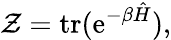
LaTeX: \mathcal{Z}=\operatorname{tr}(\mathrm{{e}}^{-\beta{\hat{{H}}}}),